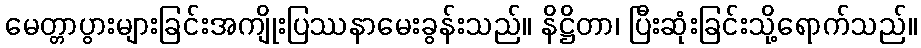
မေတ္တာပွားများခြင်းအကျိုးပြဿနာမေးခွန်းသည်။ နိဋ္ဌိတာ၊ ပြီးဆုံးခြင်းသို့ရောက်သည်။